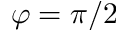
\varphi = \pi / 2